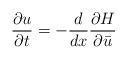
LaTeX: \begin{align*}\frac{\partial u}{\partial t}=-\frac{d}{dx}\frac{\partial H}{\partial \bar{u}}\end{align*}